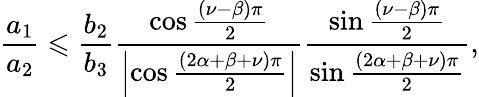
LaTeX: \frac{a_{1}}{a_{2}}\leqslant\frac{b_{2}}{b_{3}}\frac{\cos\frac{\left(\nu-\beta\right)\pi}{2}}{\left\vert\cos\frac{\left(2\alpha+\beta+\nu\right)\pi}{2}\right\vert}\frac{\sin\frac{\left(\nu-\beta\right)\pi}{2}}{\sin\frac{\left(2\alpha+\beta+\nu\right)\pi}{2}},